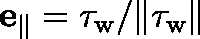
\mathbf { e } _ { \parallel } = \mathbf { \tau } _ { \mathrm { w } } / \Vert \mathbf { \tau } _ { \mathrm { w } } \Vert